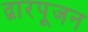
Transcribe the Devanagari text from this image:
द्वारपूजन